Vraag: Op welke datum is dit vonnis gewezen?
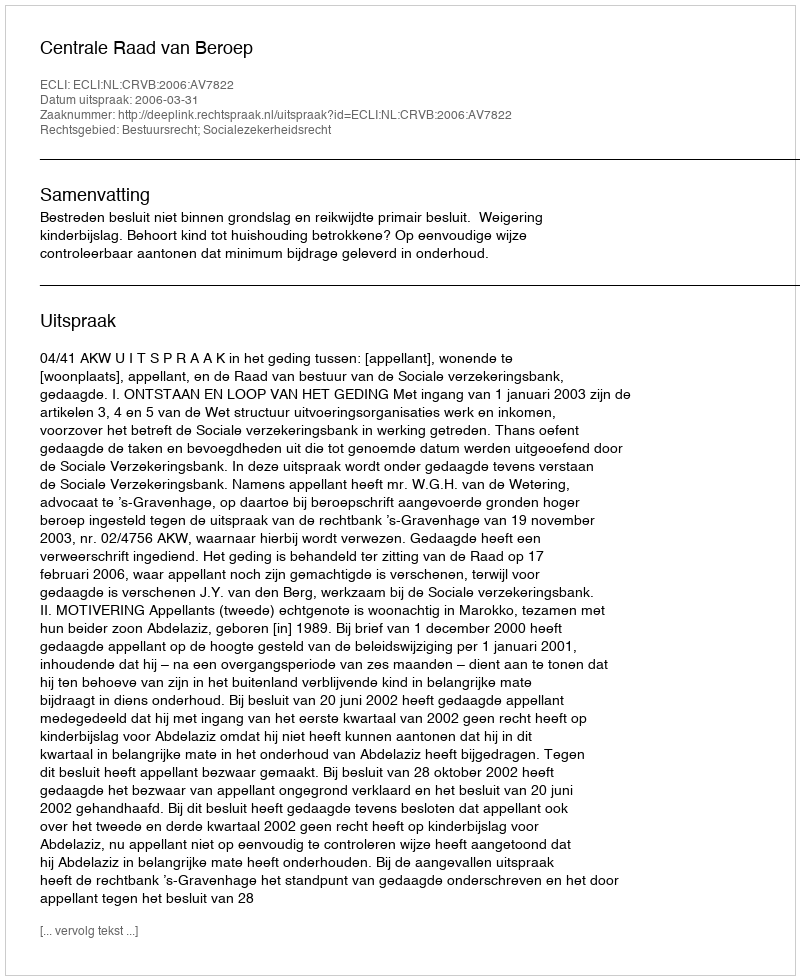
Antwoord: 2006-03-31